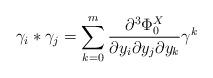
LaTeX: \begin{align*}\gamma_i * \gamma_j = \sum_{k=0}^m \frac{\partial^3 \Phi_0^X}{\partial y_i \partial y_j \partial y_k} \gamma^k\end{align*}